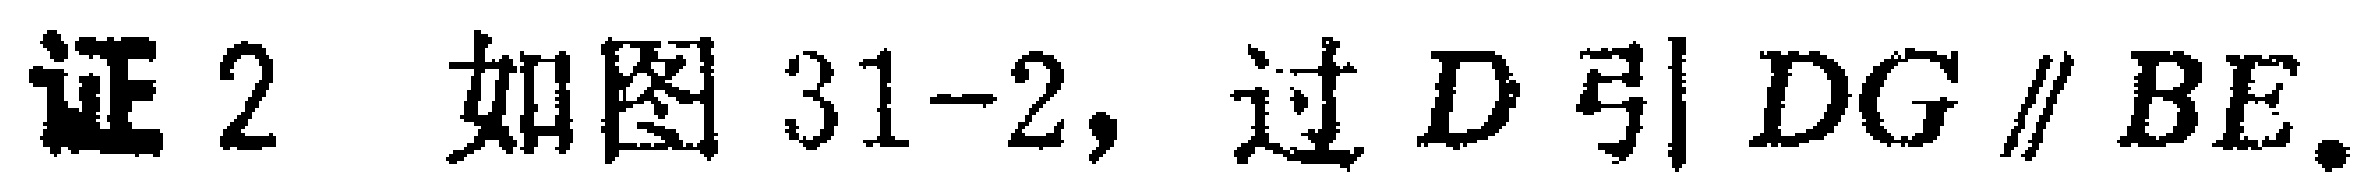
证2 如图31-2，过\(D\)引\(DG \parallel BE\)。